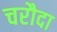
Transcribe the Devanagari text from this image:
चरौदा